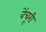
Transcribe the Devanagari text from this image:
वेंचूरी